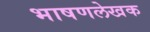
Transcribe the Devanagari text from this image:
भाषणलेखक